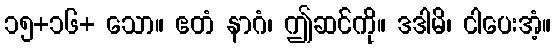
၁၅+၁၆+ သော။ ဧတံ နာဂံ၊ ဤဆင်ကို။ ဒဒါမိ၊ ငါပေးအံ့။